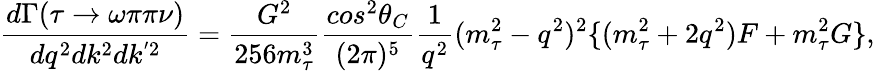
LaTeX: \frac{d\Gamma(\tau\rightarrow\omega\pi\pi\nu)}{dq^{2}dk^{2}dk^{'2}}=\frac{G^{2}}{256m_{\tau}^{3}}\frac{cos^{2}\theta_{C}}{(2\pi)^{5}}{\frac{1}{q^{2}}}(m_{\tau}^{2}-q^{2})^{2}\{ (m_{\tau}^{2}+2q^{2})F+m_{\tau}^{2}G\} ,